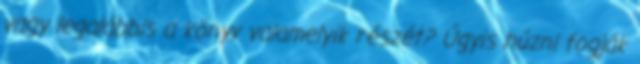
vagy legalábbis a könyv valamelyik részét? Úgyis húzni fogják